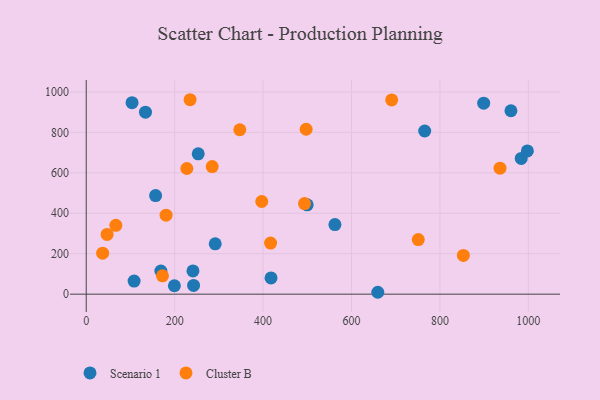
{"axis": {"x": "Experience", "y": "Sales"}, "legend": ["Cluster B", "Scenario 1"], "data": [{"x": "418.0", "y": 80.1, "type": "Scenario 1"}, {"x": "253.3", "y": 694.2, "type": "Scenario 1"}, {"x": "291.8", "y": 249.1, "type": "Scenario 1"}, {"x": "983.9", "y": 671.2, "type": "Scenario 1"}, {"x": "108.3", "y": 64.8, "type": "Scenario 1"}, {"x": "899.0", "y": 944.4, "type": "Scenario 1"}, {"x": "659.5", "y": 9.3, "type": "Scenario 1"}, {"x": "960.6", "y": 907.1, "type": "Scenario 1"}, {"x": "765.6", "y": 806.8, "type": "Scenario 1"}, {"x": "997.8", "y": 708.1, "type": "Scenario 1"}, {"x": "134.0", "y": 899.8, "type": "Scenario 1"}, {"x": "499.8", "y": 441.7, "type": "Scenario 1"}, {"x": "103.6", "y": 946.8, "type": "Scenario 1"}, {"x": "242.8", "y": 43.0, "type": "Scenario 1"}, {"x": "241.4", "y": 114.8, "type": "Scenario 1"}, {"x": "562.5", "y": 344.3, "type": "Scenario 1"}, {"x": "156.9", "y": 487.4, "type": "Scenario 1"}, {"x": "199.4", "y": 41.6, "type": "Scenario 1"}, {"x": "168.8", "y": 114.4, "type": "Scenario 1"}, {"x": "935.9", "y": 622.9, "type": "Cluster B"}, {"x": "227.6", "y": 621.4, "type": "Cluster B"}, {"x": "67.0", "y": 340.4, "type": "Cluster B"}, {"x": "751.0", "y": 270.1, "type": "Cluster B"}, {"x": "497.4", "y": 815.5, "type": "Cluster B"}, {"x": "853.0", "y": 191.3, "type": "Cluster B"}, {"x": "47.2", "y": 295.3, "type": "Cluster B"}, {"x": "690.9", "y": 960.4, "type": "Cluster B"}, {"x": "493.7", "y": 448.1, "type": "Cluster B"}, {"x": "347.4", "y": 813.1, "type": "Cluster B"}, {"x": "397.0", "y": 458.1, "type": "Cluster B"}, {"x": "172.5", "y": 90.8, "type": "Cluster B"}, {"x": "234.9", "y": 961.5, "type": "Cluster B"}, {"x": "284.9", "y": 630.7, "type": "Cluster B"}, {"x": "417.0", "y": 252.8, "type": "Cluster B"}, {"x": "180.6", "y": 390.4, "type": "Cluster B"}, {"x": "37.1", "y": 202.6, "type": "Cluster B"}]}